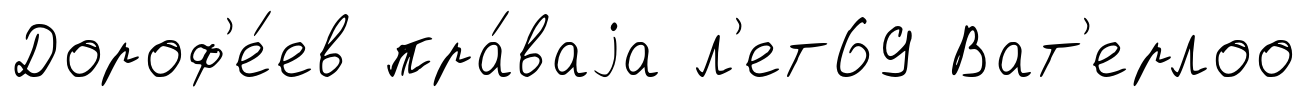
Дороф'е́ев пра́ваjа л'ет69 Ват'ерлоо